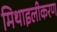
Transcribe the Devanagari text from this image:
मिथाइलीकरण